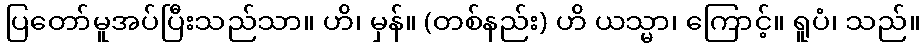
ပြတော်မူအပ်ပြီးသည်သာ။ ဟိ၊ မှန်။ (တစ်နည်း) ဟိ ယသ္မာ၊ ကြောင့်။ ရူပံ၊ သည်။